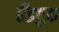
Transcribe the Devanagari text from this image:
हँडबुक